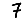
Digit: 7